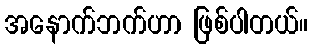
အနောက်ဘက်ဟာ ဖြစ်ပါတယ်။